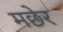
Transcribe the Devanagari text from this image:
मछेर